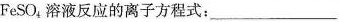
FeSO_{4}，溶液反应的离子方程式：___